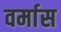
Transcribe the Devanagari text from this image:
वर्मास